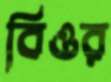
বিওর